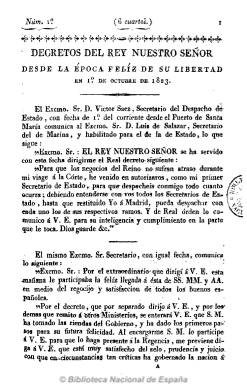
Título: Decretos del Rey Nuestro Señor
Colección: Derecho
Ámbito geográfico: Madrid
Lugar de publicación: Madrid
Fechas: 01/10/1823-26/01/1824

Colección de los decretos y órdenes que Fernando VII va dictando desde el mismo día en el que el ejército francés toma Cádiz en donde se encontraba con su familia por mandato del gobierno constitucional e inicia su regreso a Madrid o, como se indica como subtitulo de esta recopilación legislativa, “desde la época feliz de su libertad”, el uno de octubre de 1823. Fecha esta en la que decreta anular todos los actos del Gobierno constitucional, desde su propio juramento de la Constitución del 1812, el 9 de marzo de 1820, que califica de “tiránica” y  “origen fecundo de desastres y desgracias” y de “la más criminal traición, la más vergonzosa cobardía” y “el desacato más horrendo a su Real Persona”. A través de los mismos el rey iniciará el restablecimiento del sistema absolutista en España, fruto de la “unión del Altar y el Trono”.

La colección forma un volumen de hasta diez cuadernos, siendo el último de 26 de enero de 1824. Quizá no se publicaron más números, ya que cuatro días después es suprimida toda la prensa española, incluido el diario ultrarreaccionario y servil El restaurador, que como separata editaba esta colección, que salía de la misma imprenta de Francisco Martínez Dávila, impresor de Cámara de S.M.